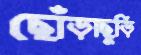
ছোঁড়াছুড়ি